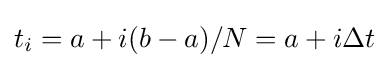
t_{i}=a+i(b-a)/N=a+i\Delta t